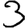
Digit: 3